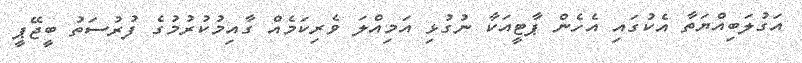
އަގުލަބިއްޔަތާ އެކުގައި އެހެން ޕާޓީއަކާ ނުގުޅި އަމިއްލަ ވެރިކަމެއް ގާއިމުކުރުމުގެ ފުރުސަތު ބީޖޭޕީ